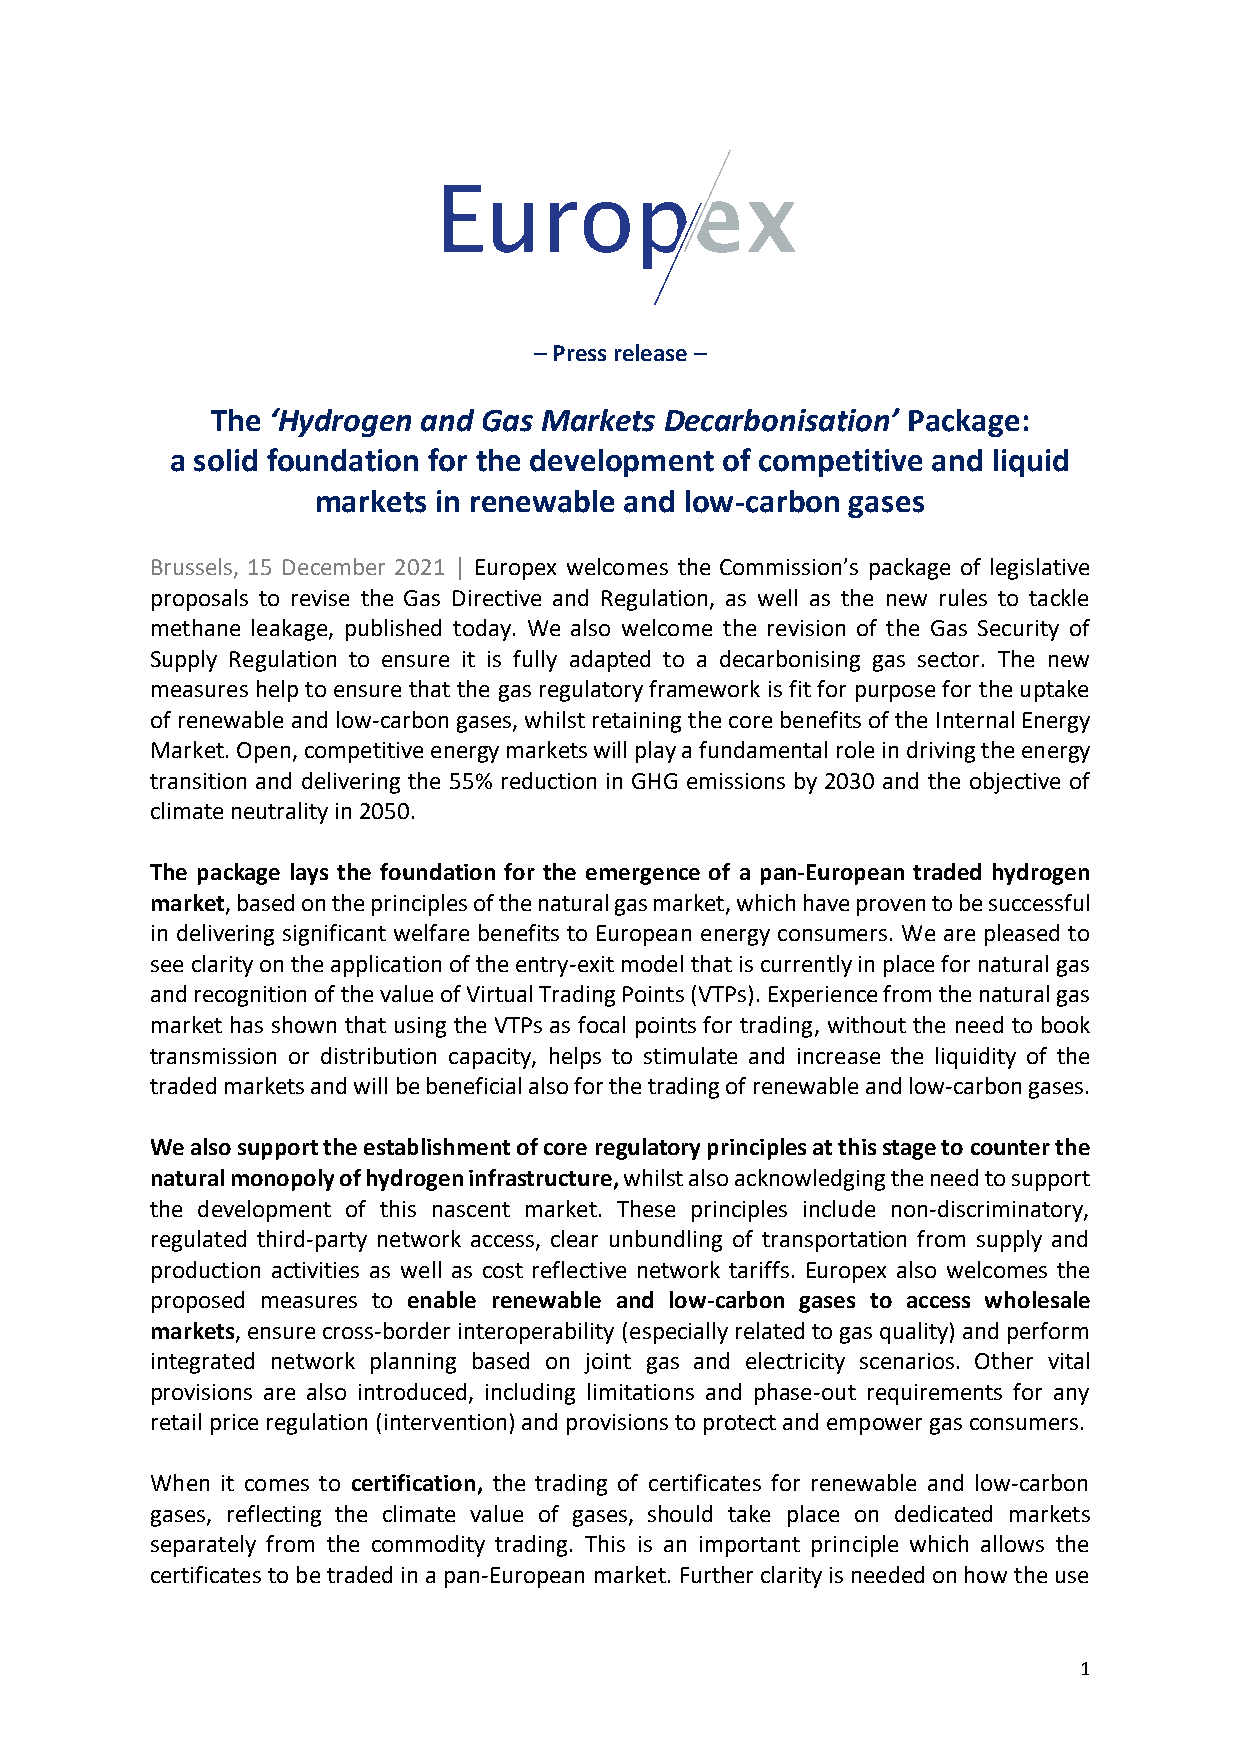
– Press release –
 The ‘Hydrogen and Gas Markets Decarbonisation’ Package:
 a solid foundation for the development of competitive and liquid
 markets in renewable and low-carbon gases
 Brussels, 15 December 2021 | Europex welcomes the Commission’s package of legislative
 proposals to revise the Gas Directive and Regulation, as well as the new rules to tackle
 methane leakage, published today. We also welcome the revision of the Gas Security of
 Supply Regulation to ensure it is fully adapted to a decarbonising gas sector. The new
 measures help to ensure that the gas regulatory framework is fit for purpose for the uptake
 of renewable and low-carbon gases, whilst retaining the core benefits of the Internal Energy
 Market. Open, competitive energy markets will play a fundamental role in driving the energy
 transition and delivering the 55% reduction in GHG emissions by 2030 and the objective of
 climate neutrality in 2050.
 The package lays the foundation for the emergence of a pan-European traded hydrogen
 market, based on the principles of the natural gas market, which have proven to be successful
 in delivering significant welfare benefits to European energy consumers. We are pleased to
 see clarity on the application of the entry-exit model that is currently in place for natural gas
 and recognition of the value of Virtual Trading Points (VTPs). Experience from the natural gas
 market has shown that using the VTPs as focal points for trading, without the need to book
 transmission or distribution capacity, helps to stimulate and increase the liquidity of the
 traded markets and will be beneficial also for the trading of renewable and low-carbon gases.
 We also support the establishment of core regulatory principles at this stage to counter the
 natural monopoly of hydrogen infrastructure, whilst also acknowledging the need to support
 the development of this nascent market. These principles include non-discriminatory,
 regulated third-party network access, clear unbundling of transportation from supply and
 production activities as well as cost reflective network tariffs. Europex also welcomes the
 proposed measures to enable renewable and low-carbon gases to access wholesale
 markets, ensure cross-border interoperability (especially related to gas quality) and perform
 integrated network planning based on joint gas and electricity scenarios. Other vital
 provisions are also introduced, including limitations and phase-out requirements for any
 retail price regulation (intervention) and provisions to protect and empower gas consumers.
 When it comes to certification, the trading of certificates for renewable and low-carbon
 gases, reflecting the climate value of gases, should take place on dedicated markets
 separately from the commodity trading. This is an important principle which allows the
 certificates to be traded in a pan-European market. Further clarity is needed on how the use
 1